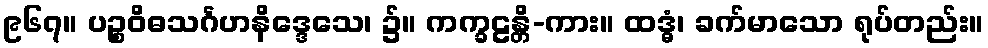
၉၆၇။ ပဉ္စဝိဓသင်္ဂဟနိဒ္ဒေသေ၊ ၌။ ကက္ခဠန္တိ-ကား။ ထဒ္ဓံ၊ ခက်မာသော ရုပ်တည်း။